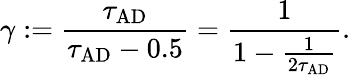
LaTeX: \gamma:=\frac{\tau_{\mathrm{AD}}}{\tau_{\mathrm{AD}}-0.5}=\frac{1}{1-\frac{1}{2\tau_{\mathrm{AD}}}}.